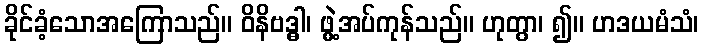
ခိုင်ခံ့သောအကြောသည်။ ဝိနိဗဒ္ဓါ၊ ဖွဲ့အပ်ကုန်သည်။ ဟုတွာ၊ ၍။ ဟဒယမံသံ၊